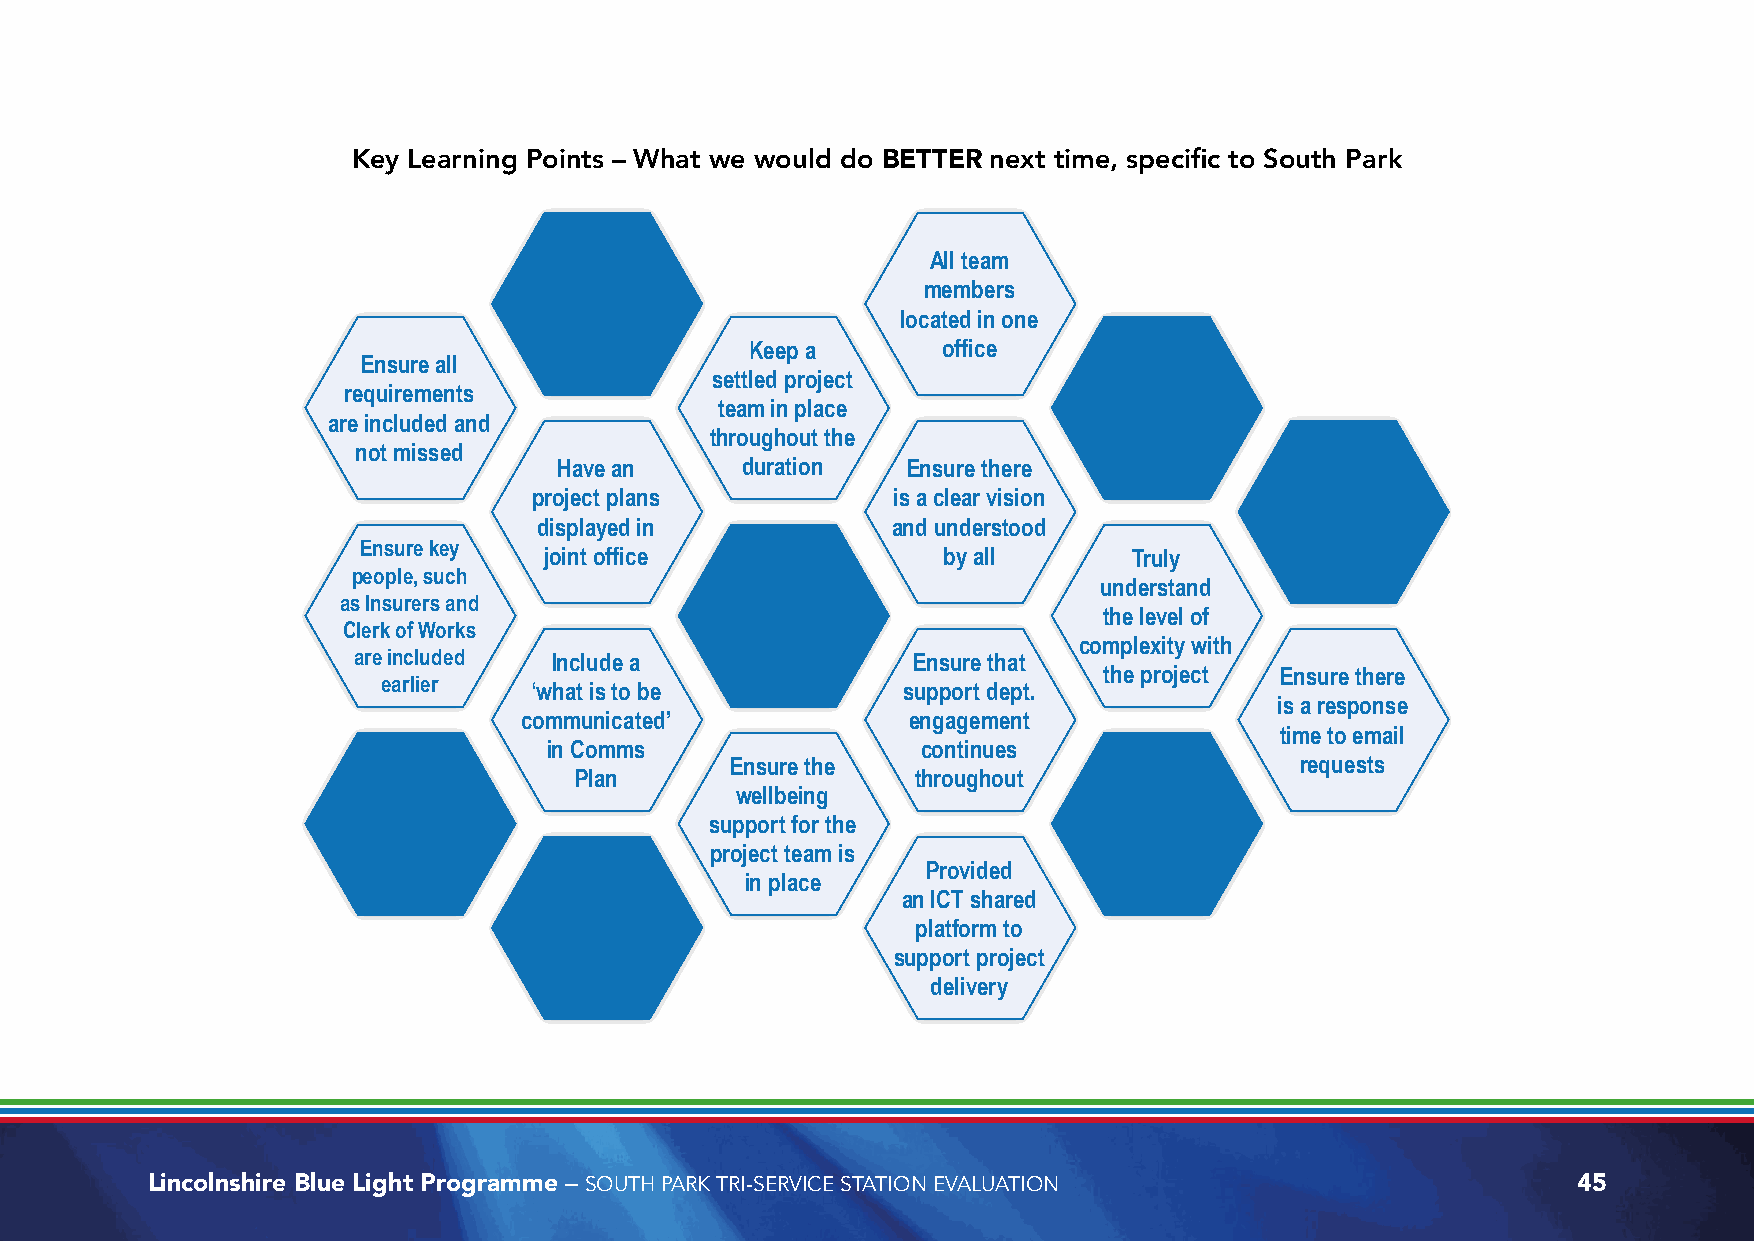
Key Learning Points – What we would do BETTER next time, specific to South Park
 All team
 members
 located in one
 Keep a      office
 Ensure all
 settled project
 requirements
 team in place
 are included and
 throughout the
 not missed
 Have an     duration   Ensure there
 project plans           is a clear vision
 displayed in           and understood
 Ensure key
 joint office              by all       Truly
 people, such
 understand
 as Insurers and
 the level of
 Clerk of Works
 complexity with
 are included  Include a              Ensure that
 the project Ensure there
 earlier
 ‘what is to be           support dept.
 is a response
 communicated’             engagement
 time to email
 in Comms                 continues
 Ensure the                            requests
 Plan                   throughout
 wellbeing
 support for the
 project team is
 Provided
 in place
 an ICT shared
 platform to
 support project
 delivery
 Lincolnshire Blue Light Programme – SOUTH PARK TRI-SERVICE STATION EVALUATION                 45